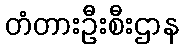
တံတားဦးစီးဌာန